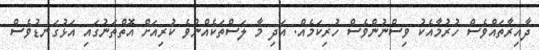
ދާއިރާތައްވެސް ހުރުމާއެކު ވިސްނުންވެސް ހުރިކަމެއް. އަދި މާ ލަސްތަކެއްނުވެ ކުރިއަށް އޮތްތަނުގައި އަޅުގަނޑުވެސް